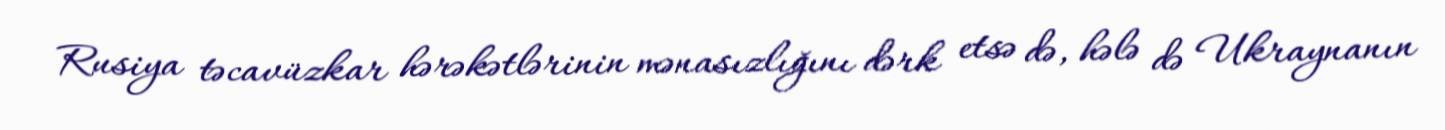
Rusiya təcavüzkar hərəkətlərinin mənasızlığını dərk etsə də, hələ də Ukraynanın